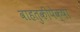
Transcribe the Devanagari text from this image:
वाहतुकीपेक्षा